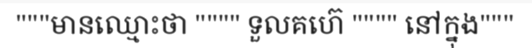
"""មានឈ្មោះថា """" ទួលគហ៊េ """" នៅក្នុង"""